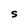
Character: S